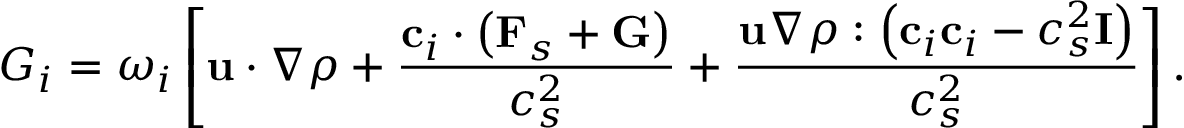
{ G _ { i } } = { \omega _ { i } } \left[ { { \bf { u } } \cdot \nabla \rho + \frac { { { { \bf { c } } _ { i } } \cdot \left( { { { \bf { F } } _ { s } } + { \bf { G } } } \right) } } { { c _ { s } ^ { 2 } } } + \frac { { { \bf { u } } \nabla \rho : \left( { { { \bf { c } } _ { i } } { { \bf { c } } _ { i } } - c _ { s } ^ { 2 } { \bf { I } } } \right) } } { { c _ { s } ^ { 2 } } } } \right] .